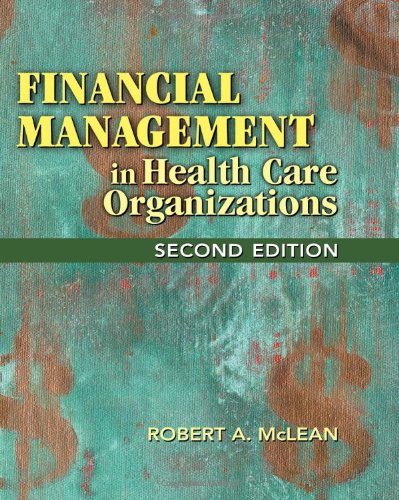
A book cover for Financial Management in Health Care Organizations (Delmar Series in Health Services Administration); Robert McLean; Medical Books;